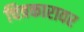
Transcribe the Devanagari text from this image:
चित्रकारावर